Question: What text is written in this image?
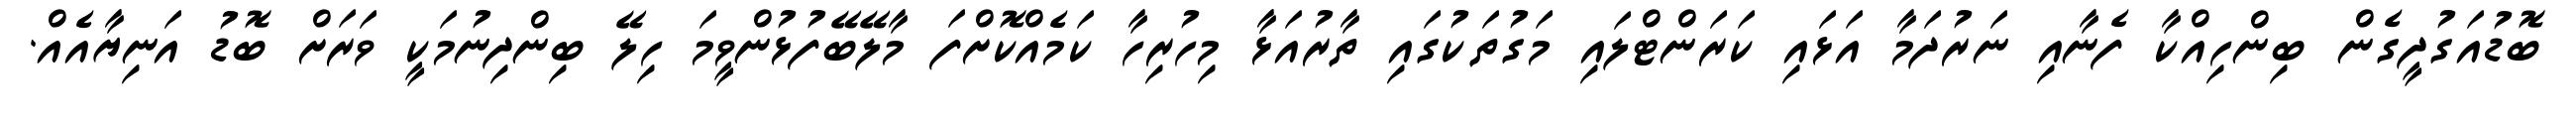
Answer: ބޮޑުއަގުދީގެން ބިންހިއްކާ ފެނާއި ނަރުދަމާ އަޅައި ކަރަންޓްލައި މަގުތަކުގައި ތާރުއަޅާ މިހުރިހާ ކަމެއްކޮށްފަ މާލޭބޭފުޅުންވީމަ ހިލޭ ބިންދިނުމަކީ ވަރަށް ބޮޑު އަނިޔާއެއް.